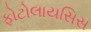
ફોટોલાયસિસ